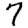
Digit: 7